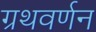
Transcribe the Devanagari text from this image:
ग्रथवर्णन